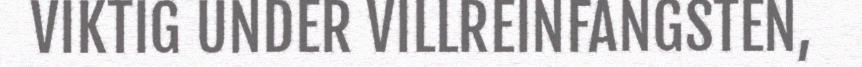
VIKTIG UNDER VILLREINFANGSTEN,